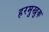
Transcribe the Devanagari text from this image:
हरमुखुक